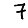
Digit: 7